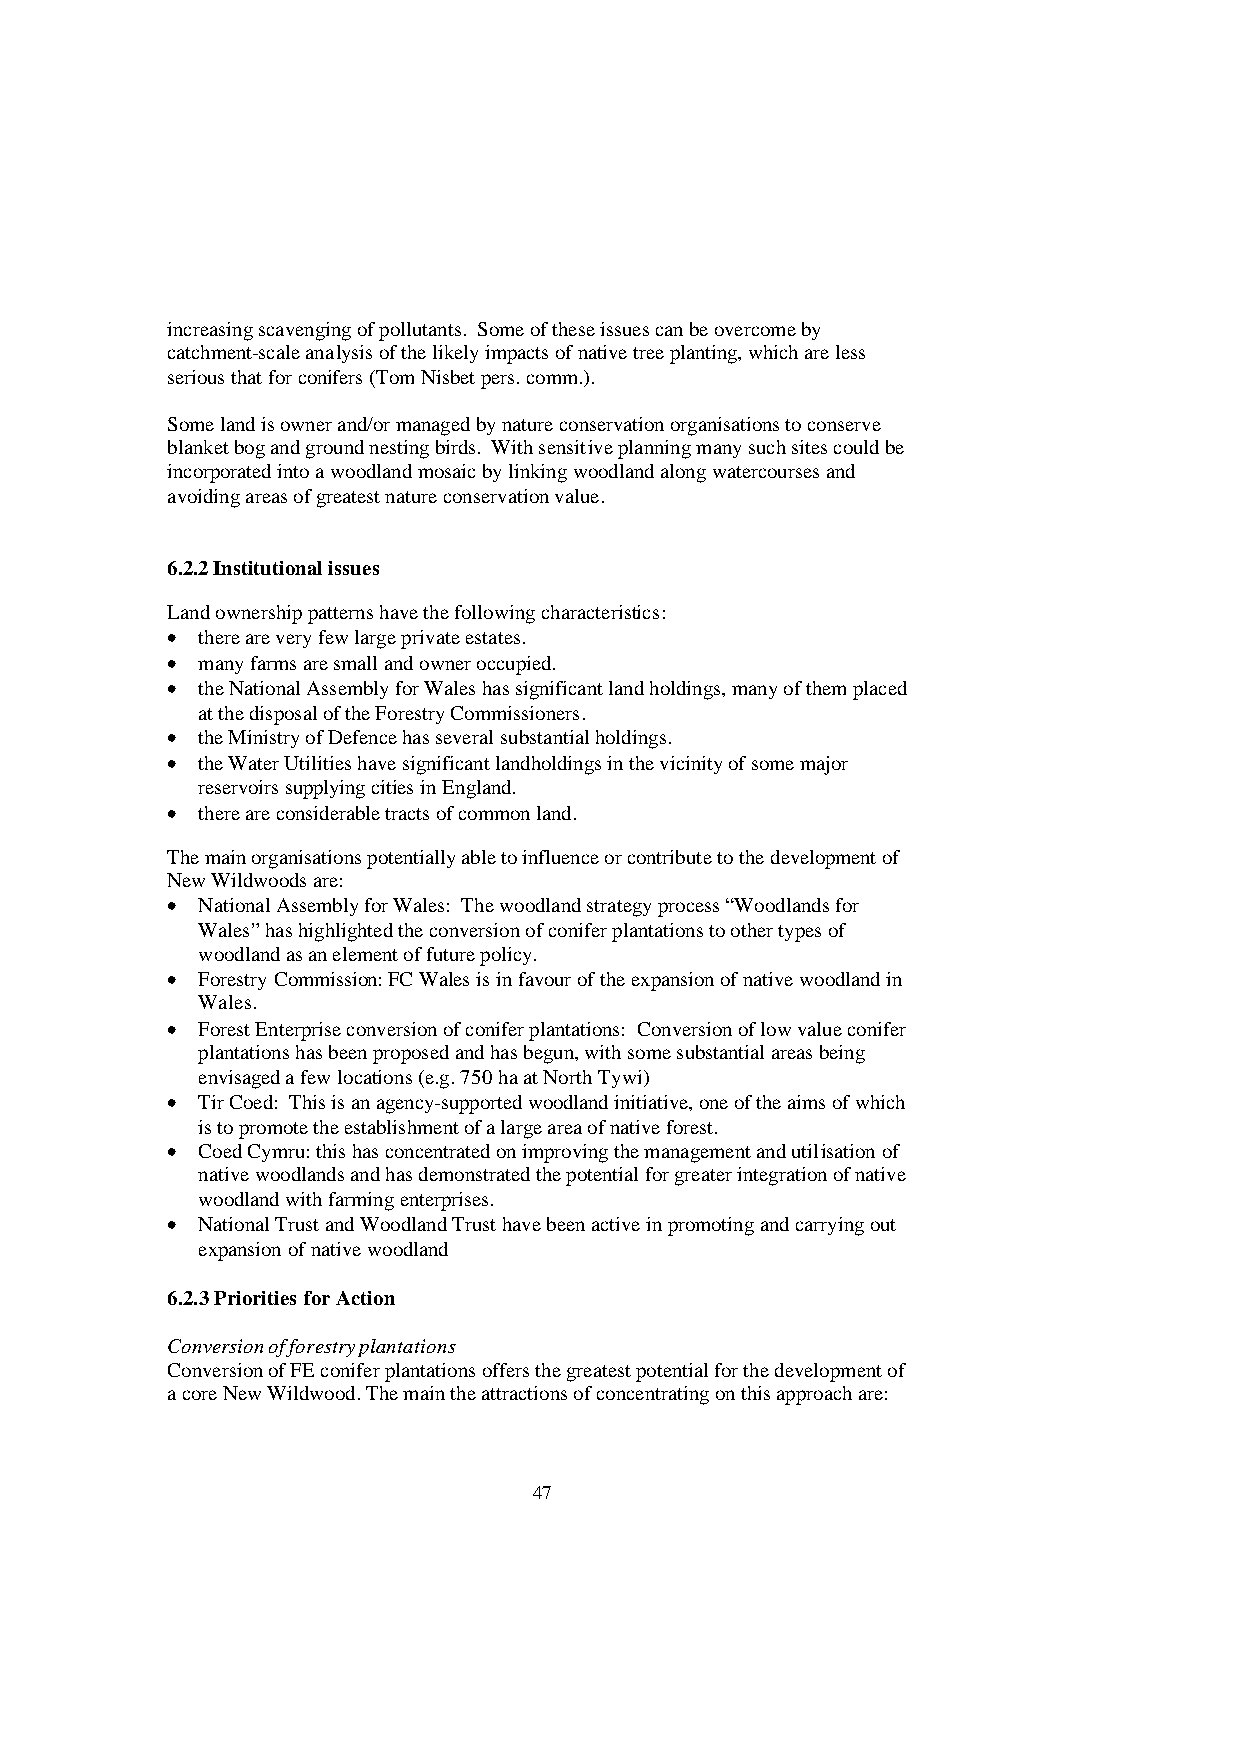
increasing scavenging of pollutants. Some of these issues can be overcome by
 catchment-scale analysis of the likely impacts of native tree planting, which are less
 serious that for conifers (Tom Nisbet pers. comm.).
 Some land is owner and/or managed by nature conservation organisations to conserve
 blanket bog and ground nesting birds. With sensitive planning many such sites could be
 incorporated into a woodland mosaic by linking woodland along watercourses and
 avoiding areas of greatest nature conservation value.
 6.2.2 Institutional issues
 Land ownership patterns have the following characteristics:
 • there are very few large private estates.
 • many farms are small and owner occupied.
 • the National Assembly for Wales has significant land holdings, many of them placed
 at the disposal of the Forestry Commissioners.
 • the Ministry of Defence has several substantial holdings.
 • the Water Utilities have significant landholdings in the vicinity of some major
 reservoirs supplying cities in England.
 • there are considerable tracts of common land.
 The main organisations potentially able to influence or contribute to the development of
 New Wildwoods are:
 • National Assembly for Wales: The woodland strategy process “Woodlands for
 Wales” has highlighted the conversion of conifer plantations to other types of
 woodland as an element of future policy.
 • Forestry Commission: FC Wales is in favour of the expansion of native woodland in
 Wales.
 • Forest Enterprise conversion of conifer plantations: Conversion of low value conifer
 plantations has been proposed and has begun, with some substantial areas being
 envisaged a few locations (e.g. 750 ha at North Tywi)
 • Tir Coed: This is an agency-supported woodland initiative, one of the aims of which
 is to promote the establishment of a large area of native forest.
 • Coed Cymru: this has concentrated on improving the management and utilisation of
 native woodlands and has demonstrated the potential for greater integration of native
 woodland with farming enterprises.
 • National Trust and Woodland Trust have been active in promoting and carrying out
 expansion of native woodland
 6.2.3 Priorities for Action
 Conversion of forestry plantations
 Conversion of FE conifer plantations offers the greatest potential for the development of
 a core New Wildwood. The main the attractions of concentrating on this approach are:
 47